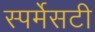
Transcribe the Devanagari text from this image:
स्पर्मेसटी